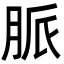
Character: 脈